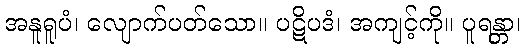
အနူရူပံ၊ လျောက်ပတ်သော။ ပဋိပဒံ၊ အကျင့်ကို။ ပူရန္တာ၊